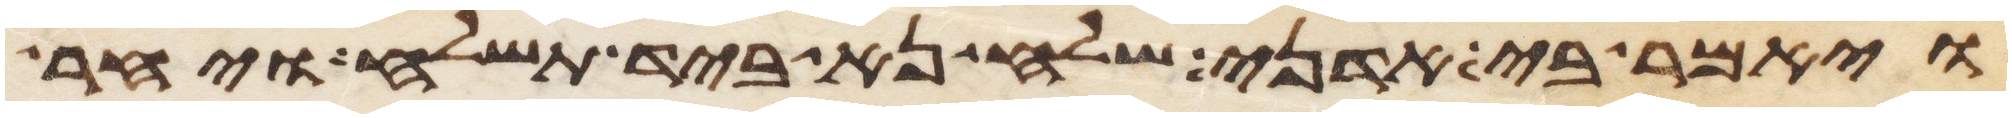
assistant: ויאמר בי אדני שלח נא ביד תשלח ויחר